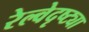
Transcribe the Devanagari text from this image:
रेल्वेदृष्ट्या